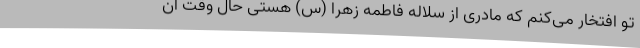
تو افتخار می‌کنم که مادری از سلاله فاطمه زهرا (س) هستی حال وقت آن